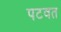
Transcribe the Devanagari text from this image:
पटवत